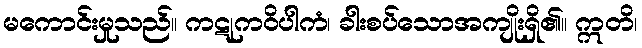
မကောင်းမှုသည်။ ကဋုကဝိပါကံ၊ ခါးစပ်သောအကျိုးရှိ၏။ ဣတိ၊